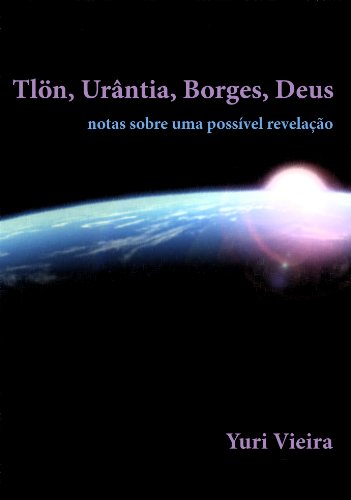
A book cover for TlÃ¶n, UrÃ¢ntia, Borges, Deus (Portuguese Edition); Yuri Vieira; Religion & Spirituality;